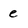
Character: e